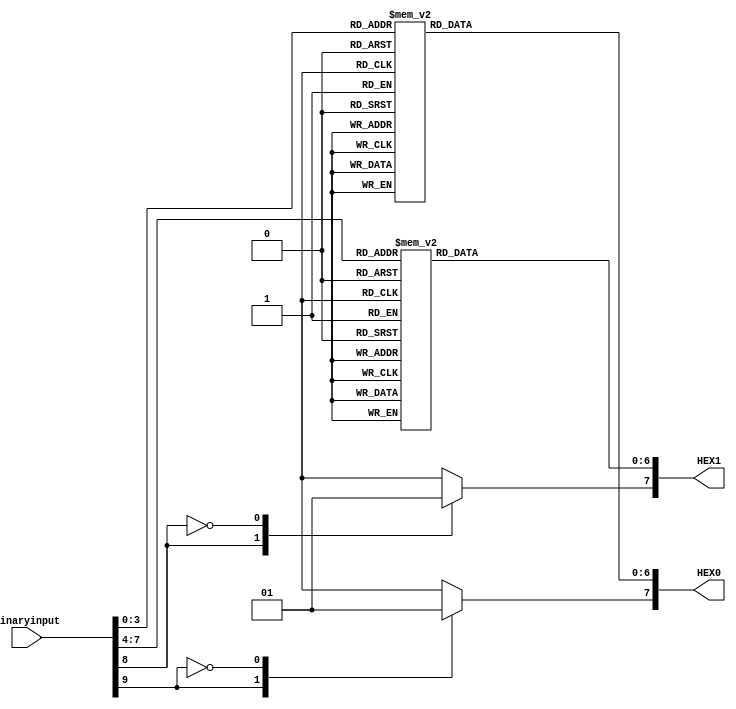
// Connor Humiston
// ECEN2350 Digital Logic
// University of Colorado, Boulder

module SevenSegment(binaryinput, HEX0, HEX1);
	input [9:0] binaryinput;
	output reg [7:0] HEX0, HEX1;
	
	always @(binaryinput)
	begin
		case (binaryinput[3:0])
		4'b0000: HEX0[6:0] = 7'b1000000; //if 0 desired, turns on all but g in gfedcba
		4'b0001: HEX0[6:0] = 7'b1111001; //1
		4'b0010: HEX0[6:0] = 7'b0100100; //2
		4'b0011: HEX0[6:0] = 7'b0110000; //3
		4'b0100: HEX0[6:0] = 7'b0011001; //4
		4'b0101: HEX0[6:0] = 7'b0010010; //5
		4'b0110: HEX0[6:0] = 7'b0000010; //6
		4'b0111: HEX0[6:0] = 7'b1111000; //7
		4'b1000: HEX0[6:0] = 7'b0000000; //8
		4'b1001: HEX0[6:0] = 7'b0010000; //9
		4'b1010: HEX0[6:0] = 7'b0001000; //A
		4'b1011: HEX0[6:0] = 7'b0000011; //B
		4'b1100: HEX0[6:0] = 7'b1000110; //C
		4'b1101: HEX0[6:0] = 7'b0100001; //D
		4'b1110: HEX0[6:0] = 7'b0000110; //E
		4'b1111: HEX0[6:0] = 7'b0001110; //F
		default: HEX0[6:0] = 7'b0111111; //default/error signal is a dash
		endcase
	end
		
	always @(binaryinput)
	begin
		case(binaryinput[7:4])
		4'b0000: HEX1[6:0] = 7'b1000000; //0
		4'b0001: HEX1[6:0] = 7'b1111001; //1
		4'b0010: HEX1[6:0] = 7'b0100100; //2
		4'b0011: HEX1[6:0] = 7'b0110000; //3
		4'b0100: HEX1[6:0] = 7'b0011001; //4
		4'b0101: HEX1[6:0] = 7'b0010010; //5
		4'b0110: HEX1[6:0] = 7'b0000010; //6
		4'b0111: HEX1[6:0] = 7'b1111000; //7
		4'b1000: HEX1[6:0] = 7'b0000000; //8
		4'b1001: HEX1[6:0] = 7'b0010000; //9
		4'b1010: HEX1[6:0] = 7'b0001000; //A
		4'b1011: HEX1[6:0] = 7'b0000011; //B
		4'b1100: HEX1[6:0] = 7'b1000110; //C
		4'b1101: HEX1[6:0] = 7'b0100001; //D
		4'b1110: HEX1[6:0] = 7'b0000110; //E
		4'b1111: HEX1[6:0] = 7'b0001110; //F
		default: HEX1[6:0] = 7'b0111111; //default/error signal is a dash
		endcase
	end


	always @(binaryinput)
	begin
		case(binaryinput[9]) 				//for division
		1'b1: HEX0[7] = 1'b0; 				//decimal point on
		1'b0: HEX0[7] = 1'b1; 				//decimal off
		endcase
	end


	always @(binaryinput)
	begin
		case(binaryinput[8]) 				//for multiplication
		1'b1: HEX1[7] = 1'b0; 				//decimal point on
		1'b0: HEX1[7] = 1'b1; 				//decimal off
		endcase
	end 
endmodule